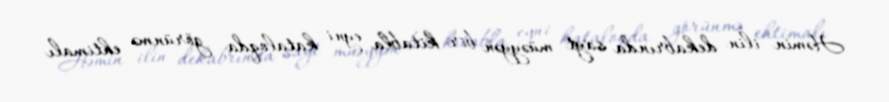
Həmin ilin dekabrında sayt müəyyən bir kitabla eyni kataloqda görünmə ehtimalı